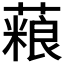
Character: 𫉱